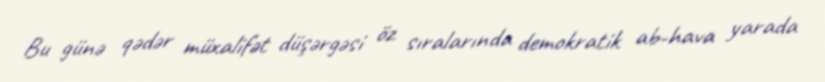
Bu günə qədər müxalifət düşərgəsi öz sıralarında demokratik ab-hava yarada